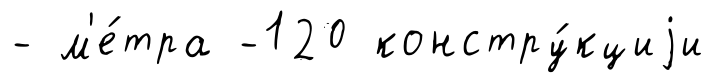
- м'е́тра -120 констру́кциjи